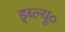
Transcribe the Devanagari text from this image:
ड्ब्ल्यू०